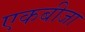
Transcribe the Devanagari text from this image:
एकबीजा